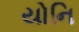
યોનિ